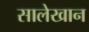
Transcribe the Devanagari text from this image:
सालेखान